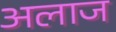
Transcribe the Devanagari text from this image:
अलाज